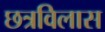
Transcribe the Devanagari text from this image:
छत्रविलास